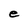
Character: e